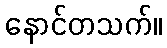
နောင်တသက်။